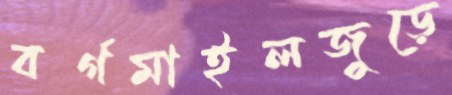
বর্গমাইলজুড়ে